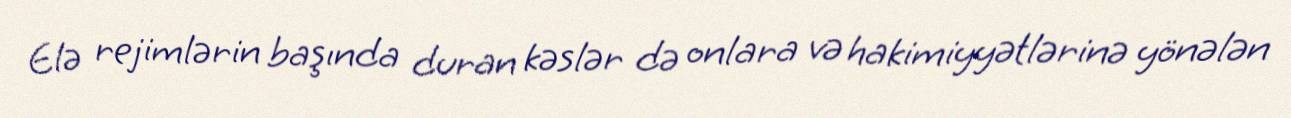
Elə rejimlərin başında duran kəslər də onlara və hakimiyyətlərinə yönələn